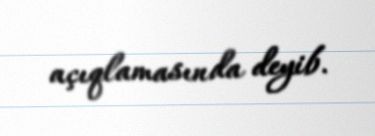
açıqlamasında deyib.